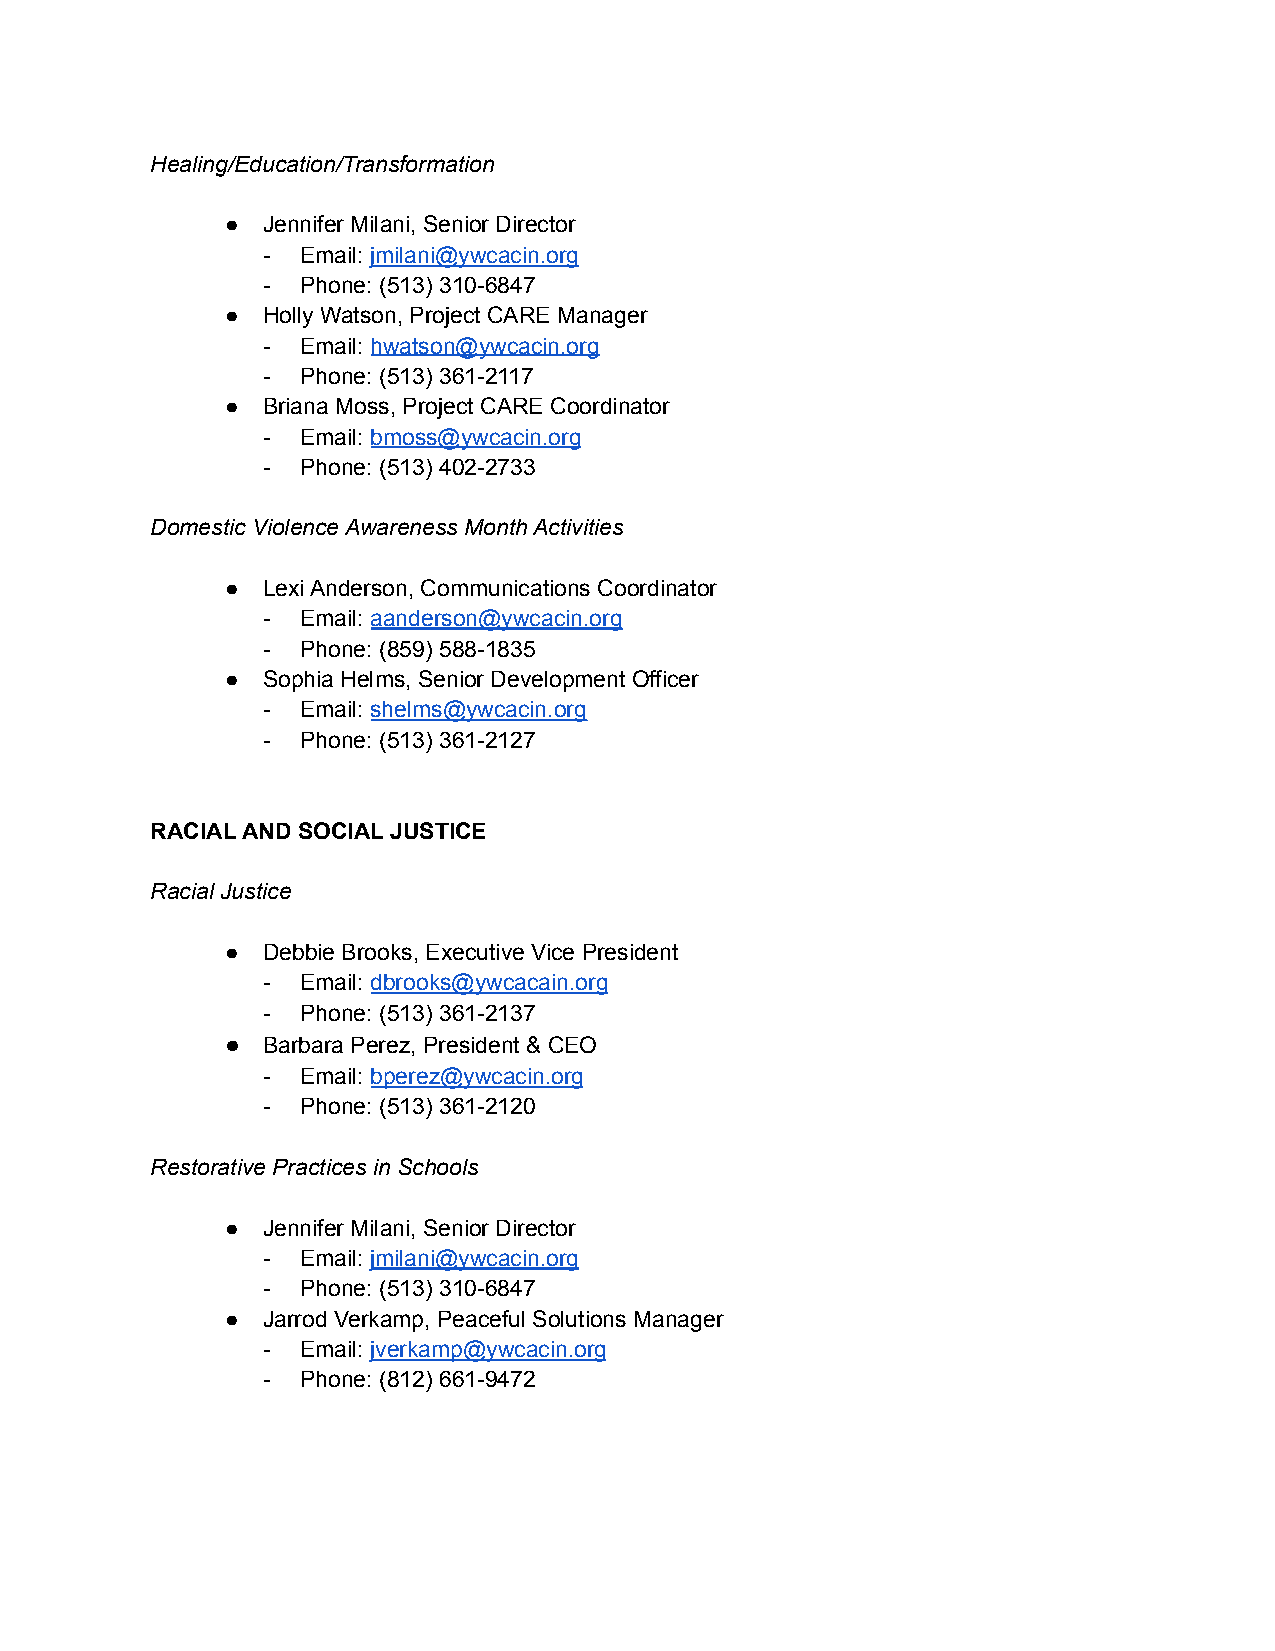
Healing/Education/Transformation
 ● Jennifer Milani, Senior Director
 -  Email: jmilani@ywcacin.org
 -  Phone: (513) 310-6847
 ● Holly Watson, Project CARE Manager
 -  Email: hwatson@ywcacin.org
 -  Phone: (513) 361-2117
 ● Briana Moss, Project CARE Coordinator
 -  Email: bmoss@ywcacin.org
 -  Phone: (513) 402-2733
 Domestic Violence Awareness Month Activities
 ● Lexi Anderson, Communications Coordinator
 -  Email: aanderson@ywcacin.org
 -  Phone: (859) 588-1835
 ● Sophia Helms, Senior Development Officer
 -  Email: shelms@ywcacin.org
 -  Phone: (513) 361-2127
 RACIAL AND SOCIAL JUSTICE
 Racial Justice
 ● Debbie Brooks, Executive Vice President
 -  Email: dbrooks@ywcacain.org
 -  Phone: (513) 361-2137
 ● Barbara Perez, President & CEO
 -  Email: bperez@ywcacin.org
 -  Phone: (513) 361-2120
 Restorative Practices in Schools
 ● Jennifer Milani, Senior Director
 -  Email: jmilani@ywcacin.org
 -  Phone: (513) 310-6847
 ● Jarrod Verkamp, Peaceful Solutions Manager
 -  Email: jverkamp@ywcacin.org
 -  Phone: (812) 661-9472